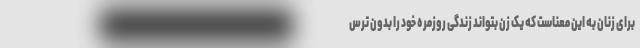
برای زنان به این معناست که یک زن بتواند زندگی روزمره خود را بدون ترس